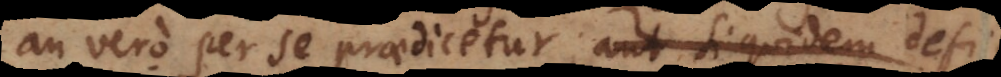
an vero per se praedicetur. Ita cum dico